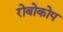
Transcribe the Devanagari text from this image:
रोबोकोप